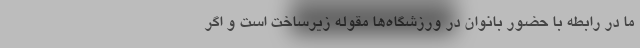
ما در رابطه با حضور بانوان در ورزشگاه‌ها مقوله زیرساخت است و اگر